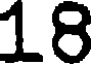
18